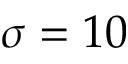
\sigma = 1 0